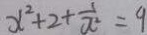
x ^ { 2 } + 2 + \frac { 1 } { x ^ { 2 } } = 9